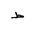
Letter: _da